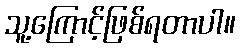
သူ့ကြောင့်ဖြစ်ရတာပါ။